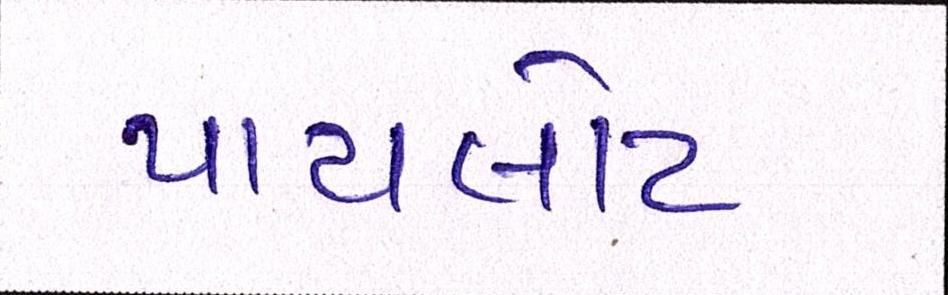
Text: પાયલોટ